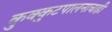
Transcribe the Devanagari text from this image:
कुक्कुटपालनाचाही